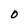
Character: 0